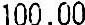
100.00